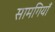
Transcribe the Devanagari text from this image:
सामगियाँ